Cholera in India, 1862 to 1881
Year: 1862
Disease focus: Cholera
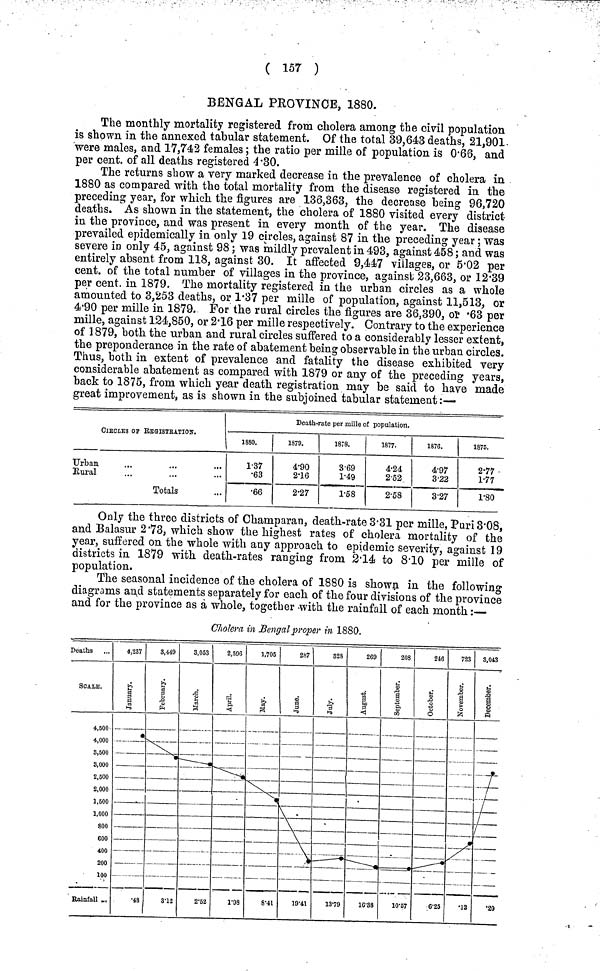
( 157 )
BENGAL PROVINCE, 1880.
The monthly mortality registered from cholera among the civil population
is shown in the annexed tabular statement. Of the total 39,643 deaths, 21,901
were males, and 17,742 females; the ratio per mille of population is 0·66, and
per cent, of all deaths registered 4·30.
The returns show a very marked decrease in the prevalence of cholera in
1880 as compared with the total mortality from the disease registered in the
preceding year, for which the figures are 136,363, the decrease being 96,720
deaths. As shown in the statement, the cholera of 1880 visited every district
in the province, and was present in every month of the year. The disease
prevailed epidemically in only 19 circles, against 87 in the preceding year ; was
severe in only 45, against 98; was mildly prevalent in 493, against 458; and was
entirely absent from 118, against 30. It affected 9,447 villages, or 5·02 per
cent. of the total number of villages in the province, against 23,663, or 12·39
per cent, in 1879. The mortality registered in the urban circles as a whole
amounted to 3,253 deaths, or 1·37 per mille of population, against 11,513, or
4·90 per mille in 1879. For the rural circles the figures are 36,390, or ·63 per
mille, against 124,850, or 2·16 per mille respectively. Contrary to the experience
of 1879, both the urban and rural circles suffered to a considerably lesser extent,
the preponderance in the rate of abatement being observable in the urban circles.
Thus, both in extent of prevalence and fatality the disease exhibited very
considerable abatement as compared with 1879 or any of the preceding years,
back to 1875, from which year death registration may be said to have made
great improvement, as is shown in the subjoined tabular statement:—
CIRCLES OF REGISTRATION..
Urban
Rural
Totals
Death-rate per mille of population.
1880.
1·37
·63
·66
1879.
4·90
2·16
2·27
1878.
3·69
1·49
1·58
1877.
4·24
2·52
2·58
1876.
4·97
3·22
3·27
1875.
2·77
1·77
1·80
Only the three districts of Champaran, death-rate 3·31 per mille, Puri 3·08,
and Balasur 2 ·73, which show the highest rates of cholera mortality of the
year, suffered on the whole with any approach to epidemic severity, against 19
districts in 1879 with death-rates ranging from 2·14 to 8·10 per mille of
population.
The seasonal incidence of the cholera of 1880 is shown in the following
diagrams and statements separately for each of the four divisions of the province
and for the province as a whole, together with the rainfall of each month:—
Cholera in Bengal proper in 1880.